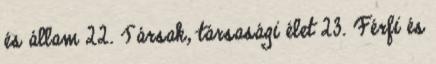
és állam 22. Társak, társasági élet 23. Férfi és